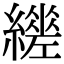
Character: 𦆧